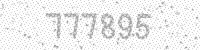
Solution: 777895